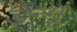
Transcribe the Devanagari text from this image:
डेन्गू